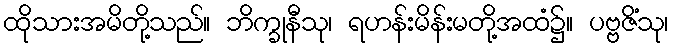
ထိုသားအမိတို့သည်။ ဘိက္ခုနီသု၊ ရဟန်းမိန်းမတို့အထံ၌။ ပဗ္ဗဇိံသု၊